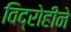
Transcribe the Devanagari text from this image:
विद्रोहीने